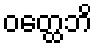
ဝတ္ထေဘိ